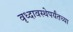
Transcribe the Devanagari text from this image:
वृध्दावस्थेपर्यंतच्या